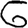
Digit: 6